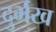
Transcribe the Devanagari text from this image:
दुर्भख